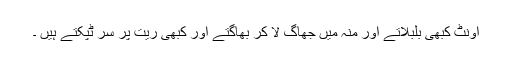
اونٹ کبھی بلبلاتے اور منہ میں جھاگ لا کر بھاگتے اور کبھی ریت پر سر ٹپکتے ہیں ۔